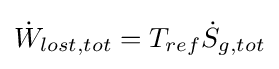
{\dot {W}}_{lost,tot}=T_{ref}{\dot {S}}_{g,tot}